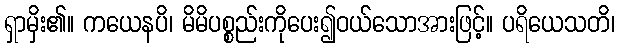
ရှာမှိး၏။ ကယေနပိ၊ မိမိပစ္စည်းကိုပေး၍ဝယ်သောအားဖြင့်။ ပရိယေသတိ၊